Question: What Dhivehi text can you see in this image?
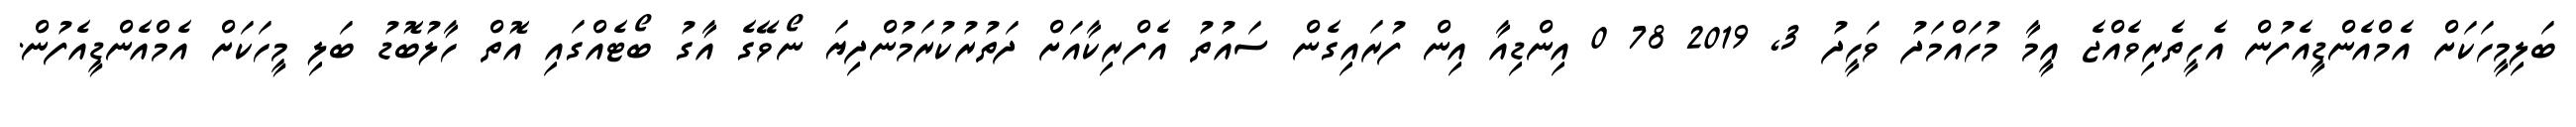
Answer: ބަލިމީހަކަށް އެމްއެންޑީއެފުން އެހީތެރިވެއްޖެ އީމާ މުހައްމަދު ވަހީދު 3, 2019 78 0 އިންޑިއާ އިން ފުރައިގެން ސައުތު އެފްރިކާއަށް ދަތުރުކުރަމުންދިޔަ ނޯވޭގެ އާގު ބޯޓެއްގައި އޮތް ހާލުބޮޑު ބަލި މީހަކަށް އެމްއެންޑީއެފުން.